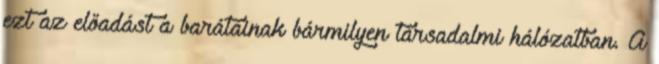
ezt az előadást a barátainak bármilyen társadalmi hálózatban. A